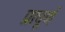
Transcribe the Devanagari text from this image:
प्राघूर्ण